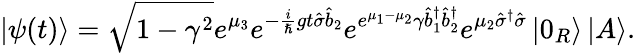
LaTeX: \left\vert\psi(t)\right\rangle=\sqrt{1-\gamma^{2}}e^{\mu_{3}}e^{-\frac{i}{\hslash}gt\hat{\sigma}\hat{b}_{2}}e^{e^{\mu_{1}-\mu_{2}}\gamma\hat{b}_{1}^{\dagger}\hat{b}_{2}^{\dagger}}e^{\mu_{2}\hat{\sigma}^{\dagger}\hat{\sigma}}\left\vert 0_{R}\right\rangle\left\vert A\right\rangle.